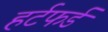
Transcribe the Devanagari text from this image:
हर्टफर्ड